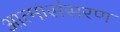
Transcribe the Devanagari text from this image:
आत्मासंसरण